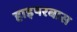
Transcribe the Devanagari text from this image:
हाइपरबास